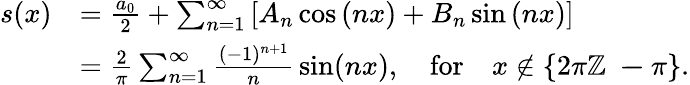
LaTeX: {\begin{array}{rl}{s(x)}&{={\frac{a_{0}}{2}}+\sum_{n=1}^{\infty}\left[A_{n}\cos\left(nx\right)+B_{n}\sin\left(nx\right)\right]}\\ &{={\frac{2}{\pi}}\sum_{n=1}^{\infty}{\frac{(-1)^{n+1}}{n}}\sin(nx),\quad\mathrm{for}\quad x\notin\{ 2\pi\mathbb{Z\ -\pi}\} .}\end{array}}